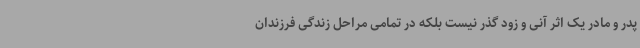
پدر و مادر یک اثر آنی و زود گذر نیست بلکه در تمامی مراحل زندگی فرزندان